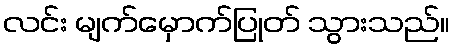
လင်း မျက်မှောက်ပြုတ် သွားသည်။